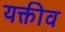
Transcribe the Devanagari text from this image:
यक्तीव